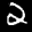
Label: 2